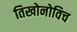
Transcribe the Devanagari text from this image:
तिखोनोविच